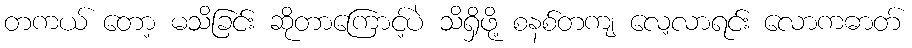
တကယ် တော့ မသိခြင်း ဆိုတာကြောင့်ပဲ သိရှိဖို့ စနစ်တကျ လေ့လာရင်း လောကဓာတ်